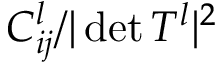
C _ { i j } ^ { l } / \vert \operatorname* { d e t } T ^ { l } \vert ^ { 2 }